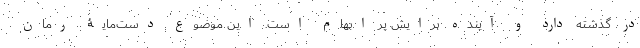
در گذشته دارد و آینده برایش پر ابهام است. این موضوع دست‌مایۀ رمان